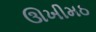
ઊખીમઠ